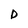
Character: D